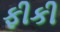
ફીકી